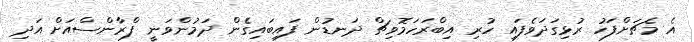
އެ މެޗަށްފަހު ރުޅިގަދަވެފައި ހުރި އިބްރަހަމޮވިޗް ދަނޑުން ފައިބައިގެން ދަމުންވަނީ ފްރާންސްއަށް އަދި